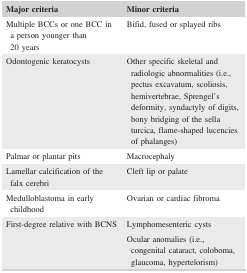
<table><thead><tr><td><b>Major criteria</b></td><td><b>Minor criteria</b></td></tr></thead><tbody><tr><td>Multiple BCCs or one BCC in a person younger than 20 years</td><td>Bifid, fused or splayed ribs</td></tr><tr><td>Odontogenic keratocysts</td><td>Other specific skeletal and radiologic abnormalities (i.e., pectus excavatum, scoliosis, hemivertebrae, Sprengel&#x27;s deformity, syndactyly of digits, bony bridging of the sella turcica, flame‐shaped lucencies of phalanges)</td></tr><tr><td>Palmar or plantar pits</td><td>Macrocephaly</td></tr><tr><td>Lamellar calcification of the falx cerebri</td><td>Cleft lip or palate</td></tr><tr><td>Medulloblastoma in early childhood</td><td>Ovarian or cardiac fibroma</td></tr><tr><td>First‐degree relative with BCNS</td><td>Lymphomesenteric cysts</td></tr><tr><td></td><td>Ocular anomalies (i.e., congenital cataract, coloboma, glaucoma, hypertelorism)</td></tr></tbody></table>